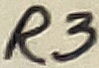
Text: R3